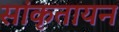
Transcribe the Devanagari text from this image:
सांकृतायन